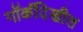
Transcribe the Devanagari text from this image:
गॉर्कीदेखील